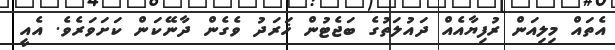
އެތައް މިލިއަން ރުފިޔާއެއް ދައުލަތުގެ ބަޖެޓުން ޚަރަދު ވެގެން ދާނޭކަން ކަށަވަރެވެ. އެއީ